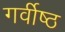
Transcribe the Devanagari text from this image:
गर्वीष्ठ